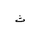
Letter: _tha